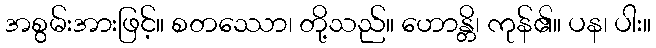
အစွမ်းအားဖြင့်။ စတဿော၊ တို့သည်။ ဟောန္တိ၊ ကုန်၏။ ပန၊ ပါး။